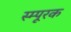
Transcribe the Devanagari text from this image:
स्म्पूरक